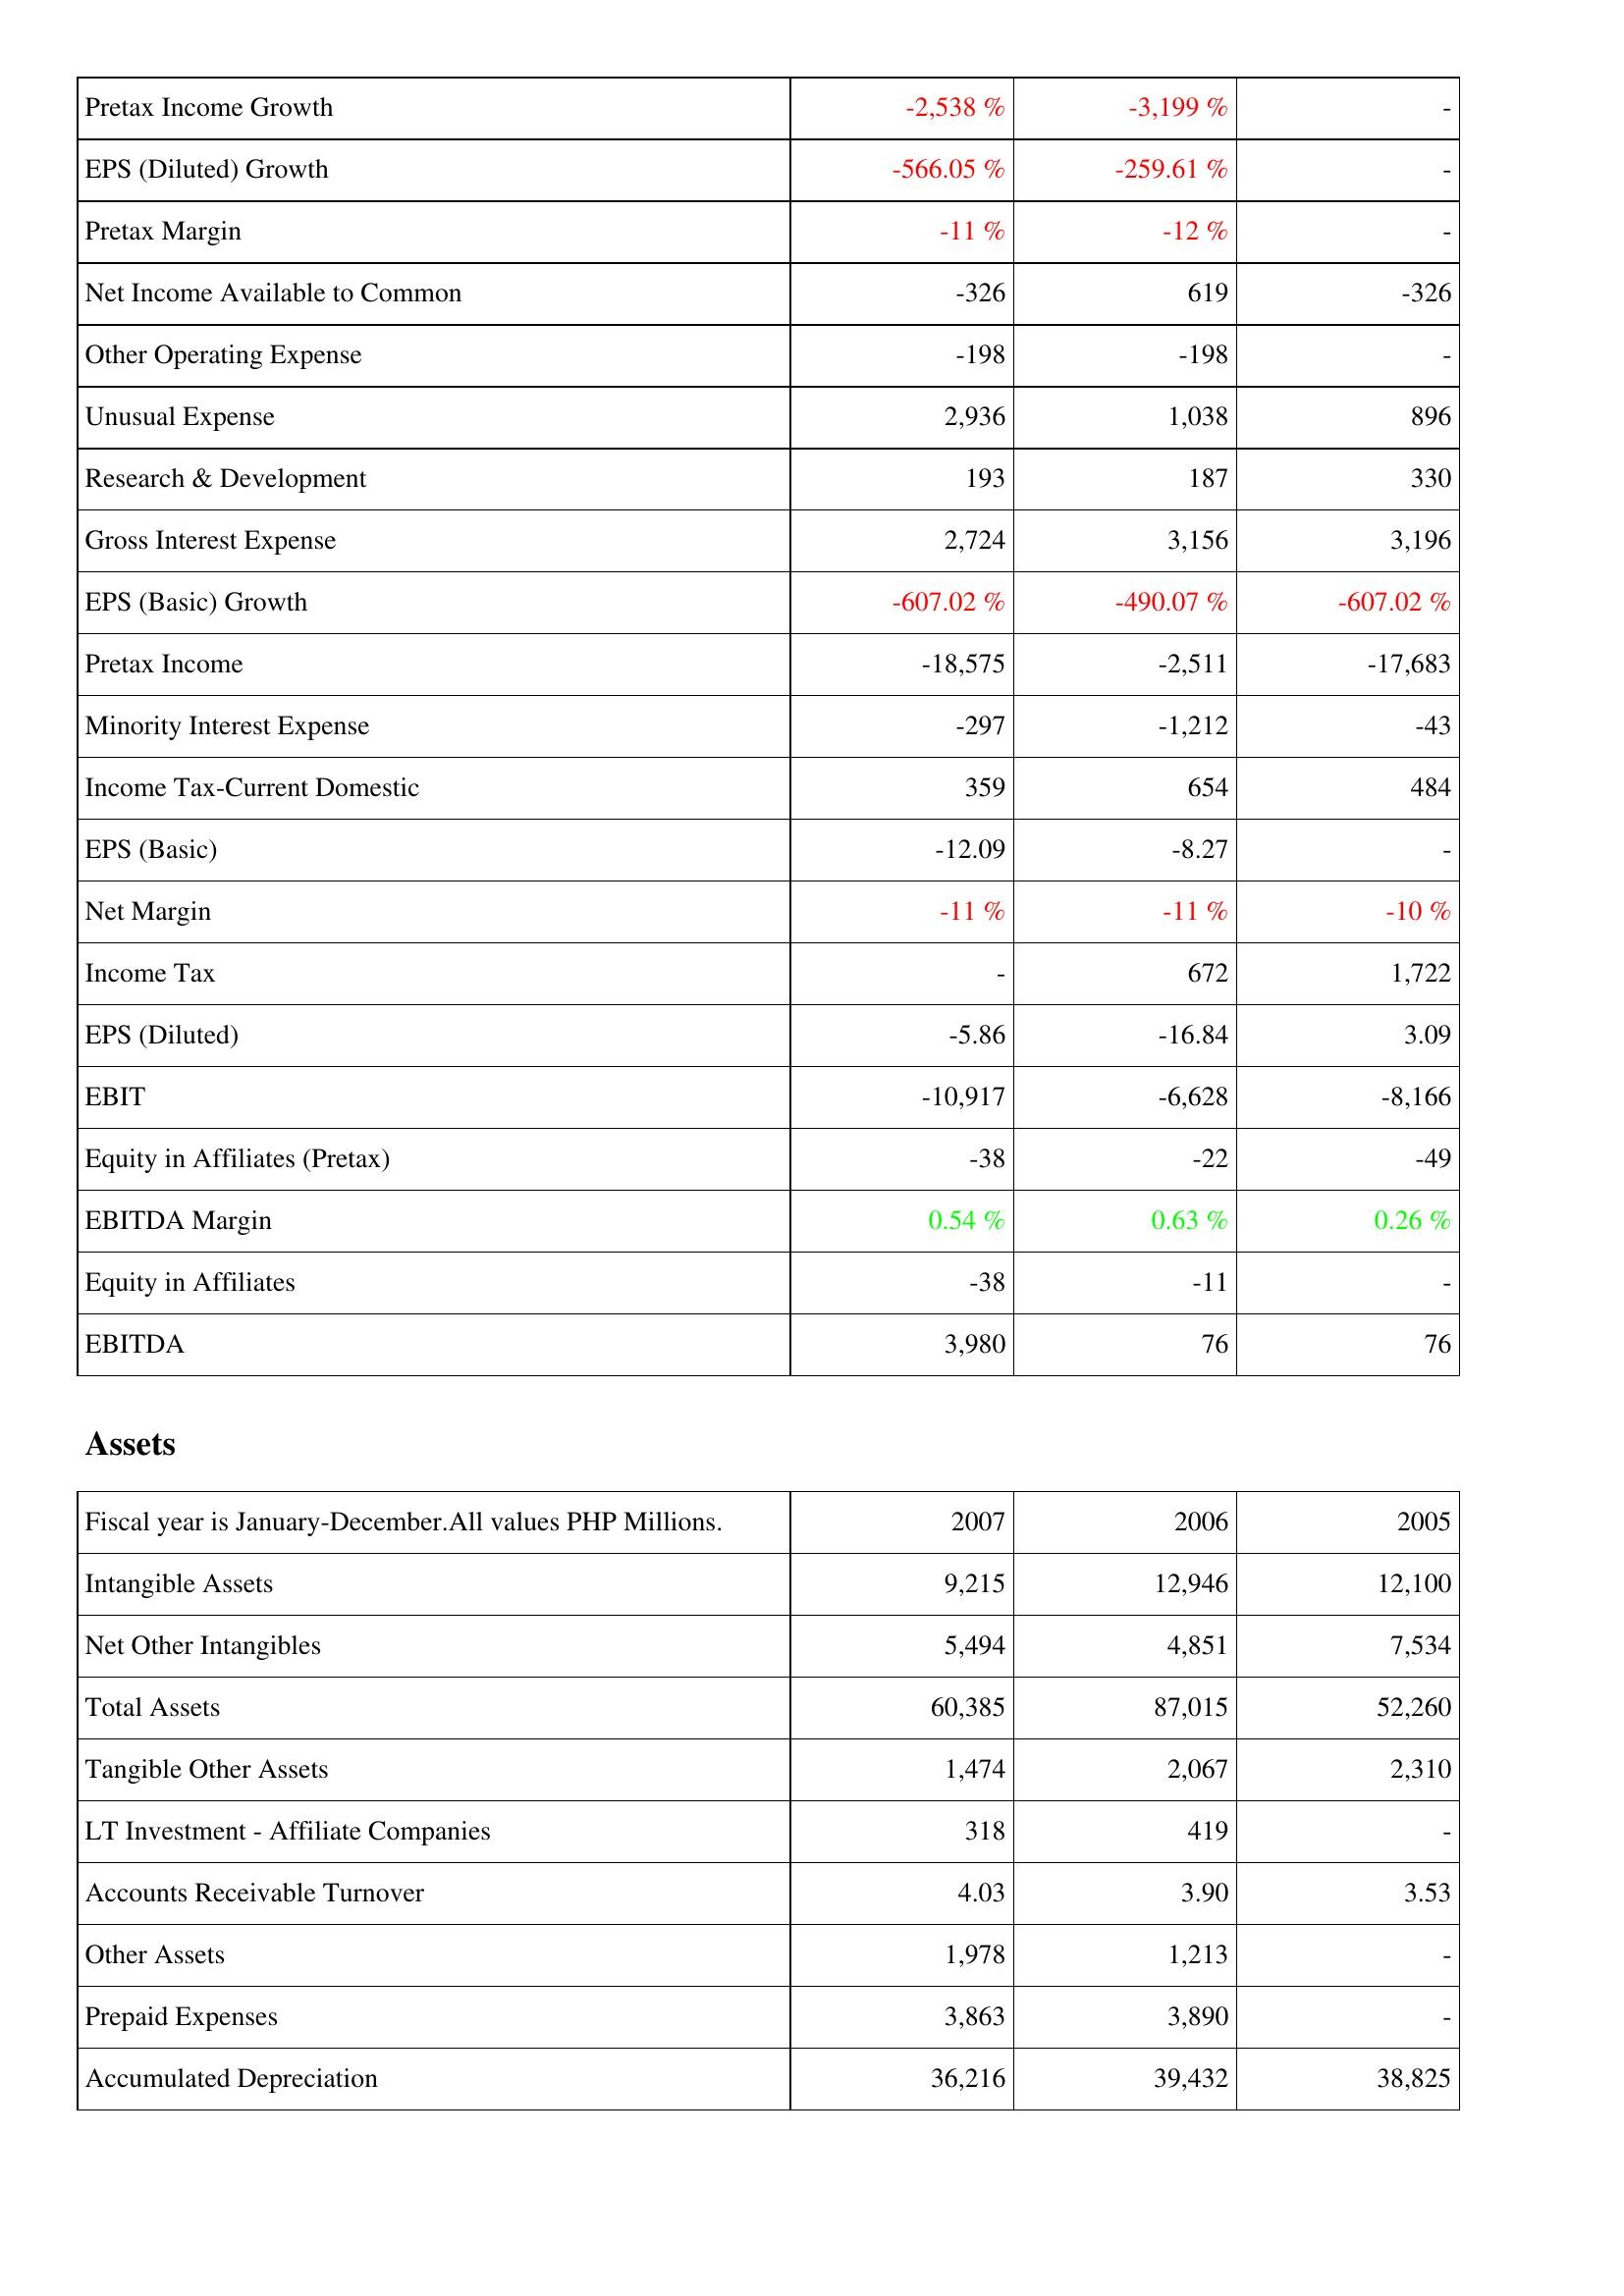
2007: Income Statement: Pretax Income Growth: -2,538 %
EPS (Diluted) Growth: -566.05 %
Pretax Margin: -11 %
Net Income Available to Common: -326
Other Operating Expense: -198
Unusual Expense: 2,936
Research & Development: 193
Gross Interest Expense: 2,724
EPS (Basic) Growth: -607.02 %
Pretax Income: -18,575
Minority Interest Expense: -297
Income Tax-Current Domestic: 359
EPS (Basic): -12.09
Net Margin: -11 %
Income Tax: -
EPS (Diluted): -5.86
EBIT: -10,917
Equity in Affiliates (Pretax): -38
EBITDA Margin: 0.54 %
Equity in Affiliates: -38
EBITDA: 3,980
Assets: Intangible Assets: 9,215
Net Other Intangibles: 5,494
Total Assets: 60,385
Tangible Other Assets: 1,474
LT Investment - Affiliate Companies: 318
Accounts Receivable Turnover: 4.03
Other Assets: 1,978
Prepaid Expenses: 3,863
Accumulated Depreciation: 36,216
2006: Income Statement: Pretax Income Growth: -3,199 %
EPS (Diluted) Growth: -259.61 %
Pretax Margin: -12 %
Net Income Available to Common: 619
Other Operating Expense: -198
Unusual Expense: 1,038
Research & Development: 187
Gross Interest Expense: 3,156
EPS (Basic) Growth: -490.07 %
Pretax Income: -2,511
Minority Interest Expense: -1,212
Income Tax-Current Domestic: 654
EPS (Basic): -8.27
Net Margin: -11 %
Income Tax: 672
EPS (Diluted): -16.84
EBIT: -6,628
Equity in Affiliates (Pretax): -22
EBITDA Margin: 0.63 %
Equity in Affiliates: -11
EBITDA: 76
Assets: Intangible Assets: 12,946
Net Other Intangibles: 4,851
Total Assets: 87,015
Tangible Other Assets: 2,067
LT Investment - Affiliate Companies: 419
Accounts Receivable Turnover: 3.90
Other Assets: 1,213
Prepaid Expenses: 3,890
Accumulated Depreciation: 39,432
2005: Income Statement: Pretax Income Growth: -
EPS (Diluted) Growth: -
Pretax Margin: -
Net Income Available to Common: -326
Other Operating Expense: -
Unusual Expense: 896
Research & Development: 330
Gross Interest Expense: 3,196
EPS (Basic) Growth: -607.02 %
Pretax Income: -17,683
Minority Interest Expense: -43
Income Tax-Current Domestic: 484
EPS (Basic): -
Net Margin: -10 %
Income Tax: 1,722
EPS (Diluted): 3.09
EBIT: -8,166
Equity in Affiliates (Pretax): -49
EBITDA Margin: 0.26 %
Equity in Affiliates: -
EBITDA: 76
Assets: Intangible Assets: 12,100
Net Other Intangibles: 7,534
Total Assets: 52,260
Tangible Other Assets: 2,310
LT Investment - Affiliate Companies: -
Accounts Receivable Turnover: 3.53
Other Assets: -
Prepaid Expenses: -
Accumulated Depreciation: 38,825